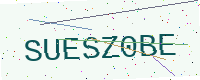
Text: SUESZ0BE